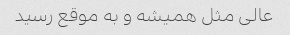
عالی مثل همیشه و به موقع رسید